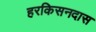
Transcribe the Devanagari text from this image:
हरकिसनदास